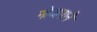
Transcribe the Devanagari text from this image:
नौजवाने